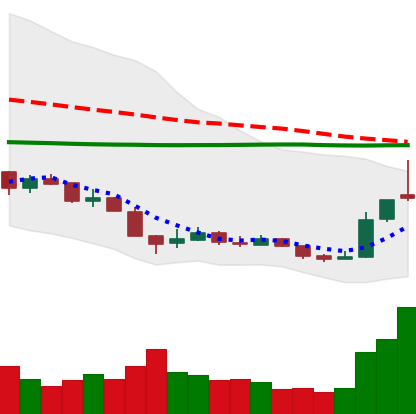
Ticker: XRP-USD
Chart end date: 2018-12-19
Forward return: 15.582%
Label: up_7plus